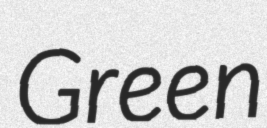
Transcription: Green